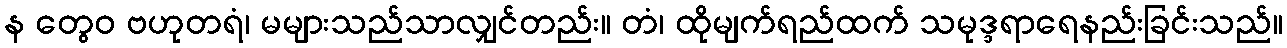
န တွေဝ ဗဟုတရံ၊ မများသည်သာလျှင်တည်း။ တံ၊ ထိုမျက်ရည်ထက် သမုဒ္ဒရာရေနည်းခြင်းသည်။